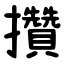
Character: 攢